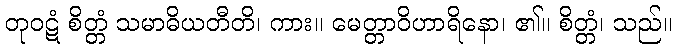
တုဝဋံ စိတ္တံ သမာဓိယတီတိ၊ ကား။ မေတ္တာဝိဟာရိနော၊ ၏။ စိတ္တံ၊ သည်။